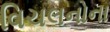
વિચલનોના